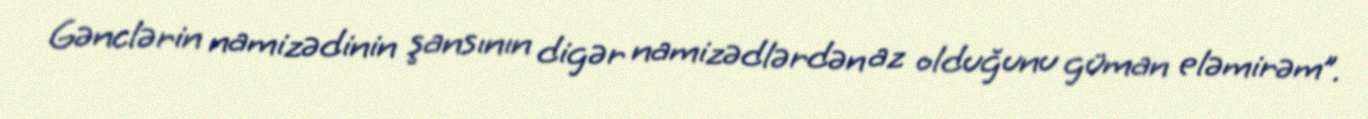
Gənclərin namizədinin şansının digər namizədlərdən az olduğunu güman eləmirəm”.